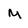
Character: M